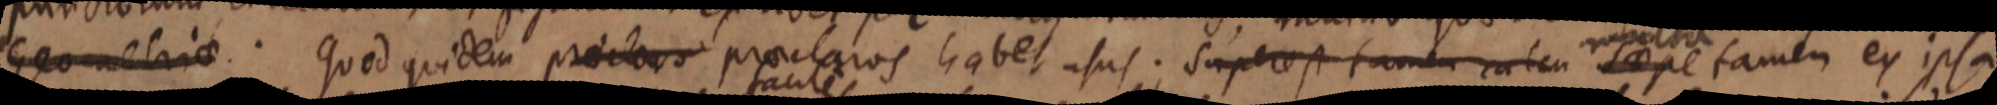
Geometriae. Quod quidem prectos proclaros habet usus; Super est tamen ea ten saepe tamen ex ipsa